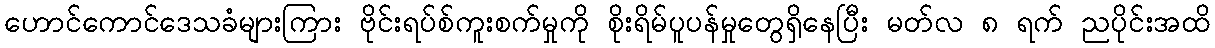
ဟောင်ကောင်ဒေသခံများကြား ဗိုင်းရပ်စ်ကူးစက်မှုကို စိုးရိမ်ပူပန်မှုတွေရှိနေပြီး မတ်လ ၈ ရက် ညပိုင်းအထိ